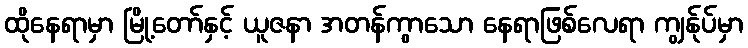
ထိုနေရာမှာ မြို့တော်နှင့် ယူဇနာ အတန်ကွာသော နေရာဖြစ်လေရာ ကျွန်ုပ်မှာ